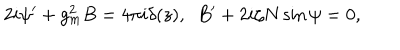
2 i \psi ^ { \prime } + g _ { m } ^ { 2 } B = 4 \pi i \delta ( z ) , ~ ~ B ^ { \prime } + 2 i \zeta N \sin \psi = 0 ,